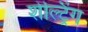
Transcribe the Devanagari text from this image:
शेल्ट्रिंग